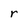
Character: r